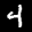
Label: 4